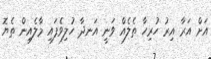
އަށް އަރާ އިރު ހުރިހާ ތެލެއް ވަނީ އަނދާ ހުލިވެފައި މާލެއިން ތެޔޮ